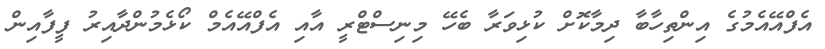
އެފްއޭއެމުގެ އިންތިހާބާ ދިމާކޮށް ކުޅިވަރާ ބެހޭ މިނިސްޓްރީ އާއި އެފްއޭއެމް ކޯޅެމުންދާއިރު ފީފާއިން